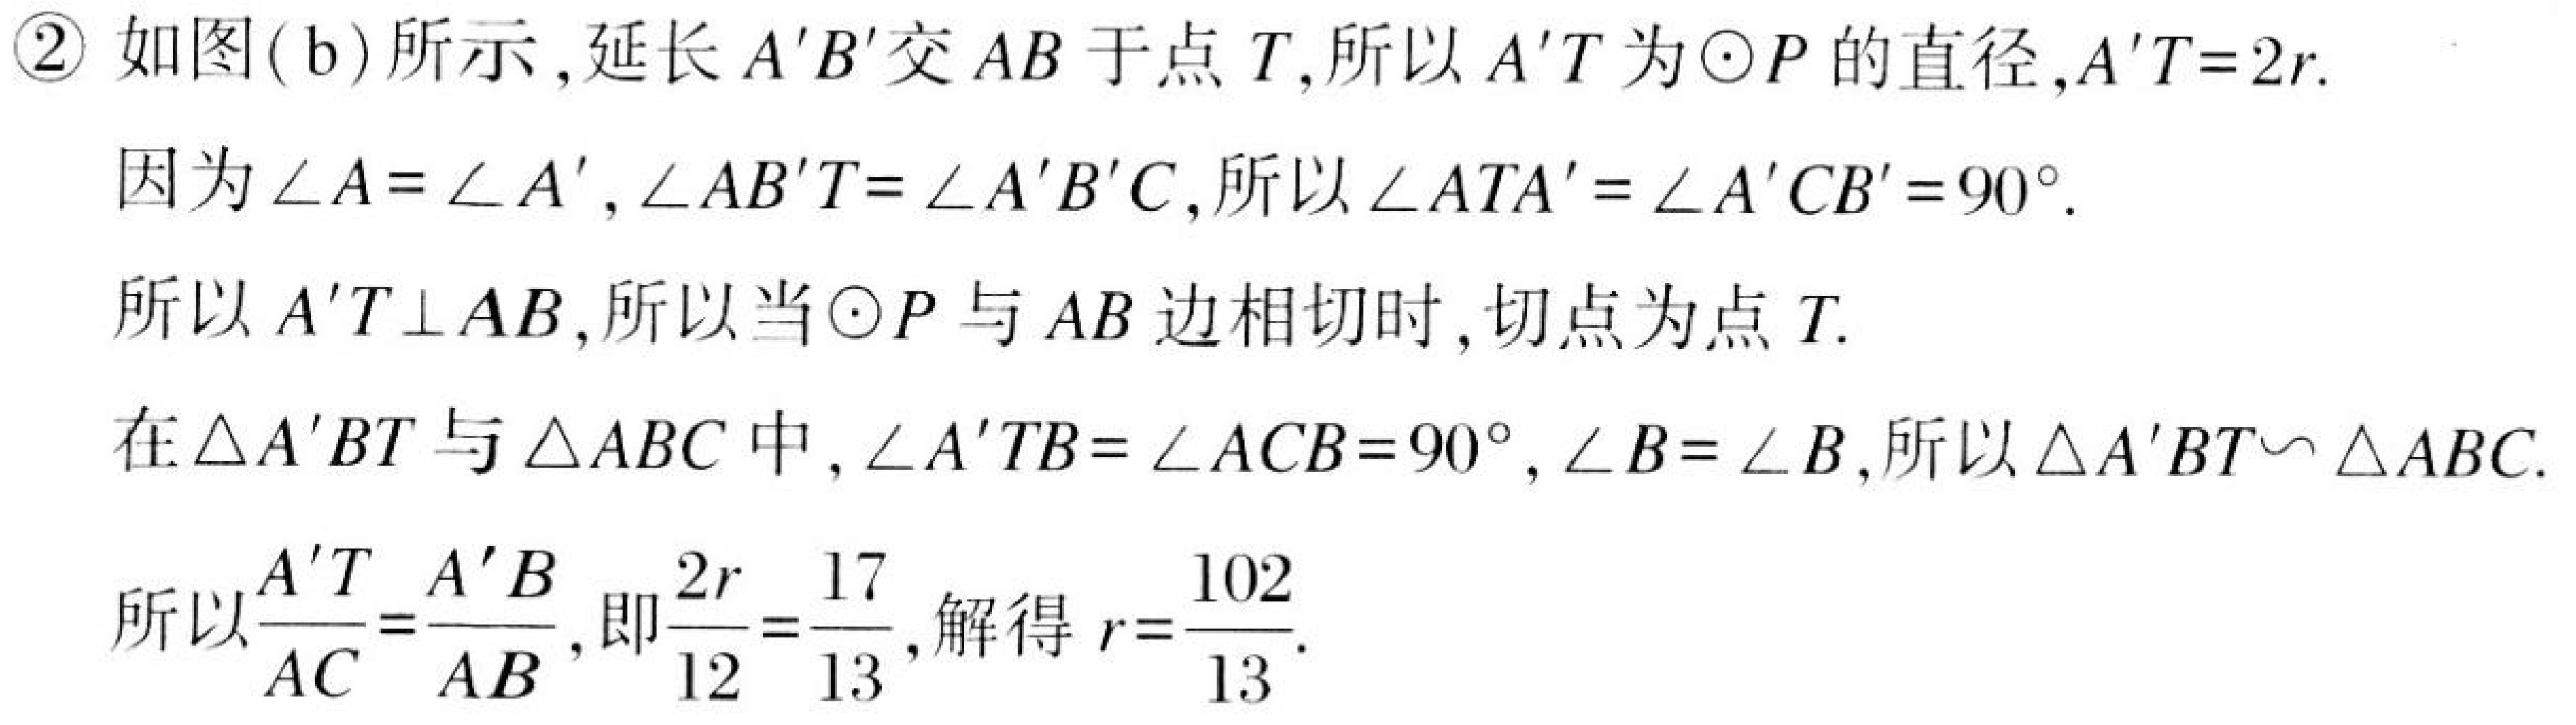
\textcircled{2} 如图(b)所示,延长 \(A'B'\)交 \(AB\)于点 \(T\),所以 \(A'T\)为\(\odot P\)的直径,\(A'T = 2r\).
因为\(\angle A=\angle A'\),\(\angle AB'T=\angle A'B'C\),所以\(\angle ATA'=\angle A'CB' = 90^{\circ}\).
所以 \(A'T\perp AB\),所以当\(\odot P\)与 \(AB\)边相切时,切点为点 \(T\).
在\(\triangle A'BT\)与\(\triangle ABC\)中,\(\angle A'TB=\angle ACB = 90^{\circ}\),\(\angle B=\angle B\),所以\(\triangle A'BT\sim\triangle ABC\).
所以\(\frac{A'T}{AC}=\frac{A'B}{AB}\),即\(\frac{2r}{12}=\frac{17}{13}\),解得 \(r=\frac{102}{13}\).